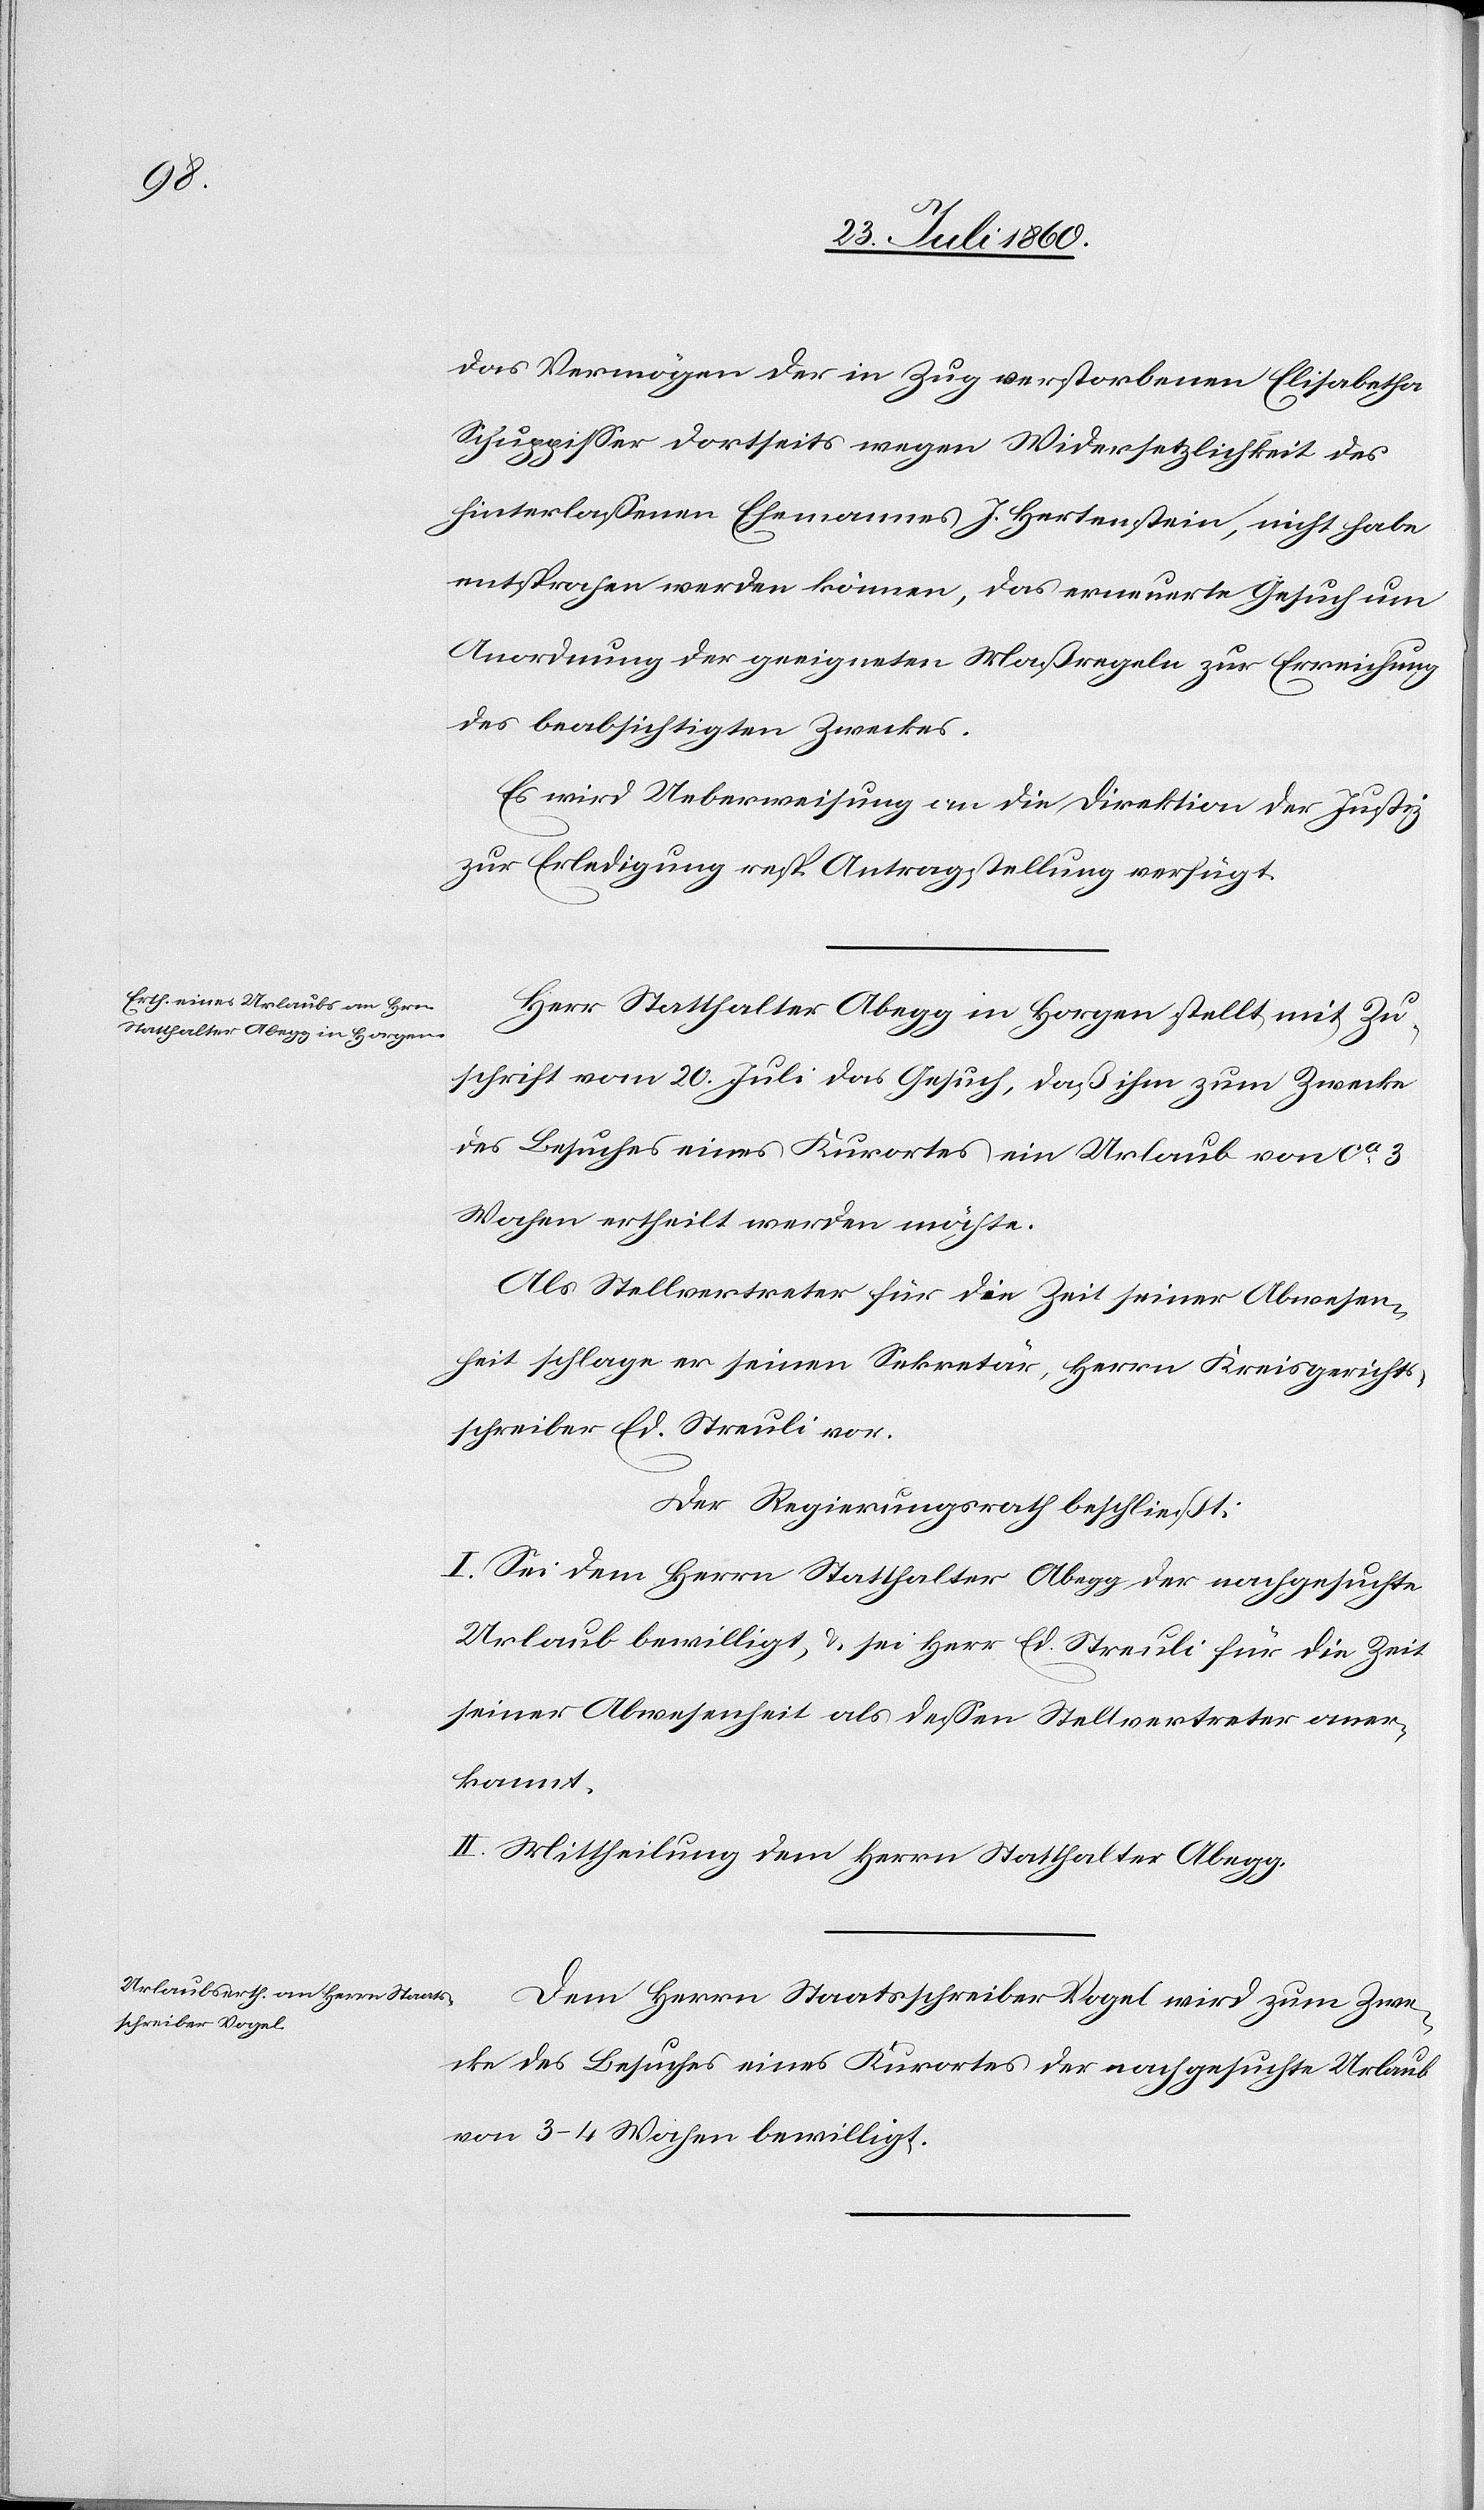
das Vermögen der in Zug verstorbenen Elisabetha
Schuppiser dortseits wegen Widersetzlichkeit des
hinterlassenen Ehemanns J. Hertenstein, nicht habe
entsprochen werden können, das erneuerte Gesuch um
Anordnung der geeigneten Massregeln zur Erreichung
des beabsichtigten Zweckes.
Es wird Ueberweisung an die Direktion der Justiz
zur Erledigung resp. Antragstellung verfügt.
Herr Statthalter Abegg in Horgen stellt mit Zu¬
schrift vom 20. Juli das Gesuch, dass ihm zum Zwecke
des Besuches eines Kurortes ein Urlaub von ca 3
Wochen ertheilt werden möchte.
Als Stellvertreter für die Zeit seiner Abwesen¬
heit schlage er seinen Sekretär Herrn Kreisgerichts¬
schreiber Eduard Streuli vor.
Der Regierungsrath beschliesst:
I. Sei dem Herrn Statthalter Abegg der nachgesuchte
Urlaub bewilligt u. sei Hr. Eduard Streuli für die Zeit
seiner Abwesenheit als dessen Stellvertreter aner¬
kannt.
II. Mittheilung dem Herrn Statthalter Abegg.
Dem Herrn Staatsschreiber Vogel wird zum Zwe¬
cke des Besuches eines Kurortes der nachgesuchte Urlaub
von 3 bis 4 Wochen bewilligt.